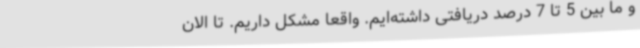
و ما بین 5 تا 7 درصد دریافتی داشته‌ایم. واقعا مشکل داریم. تا الان